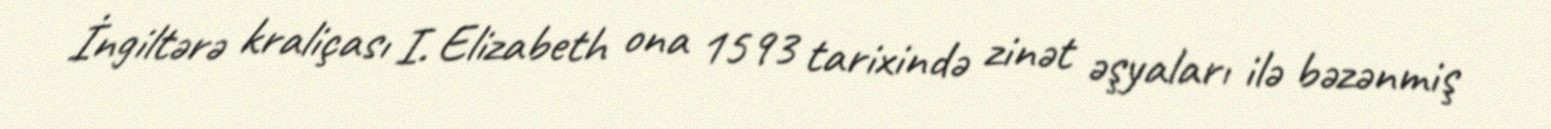
İngiltərə kraliçası I. Elizabeth ona 1593 tarixində zinət əşyaları ilə bəzənmiş